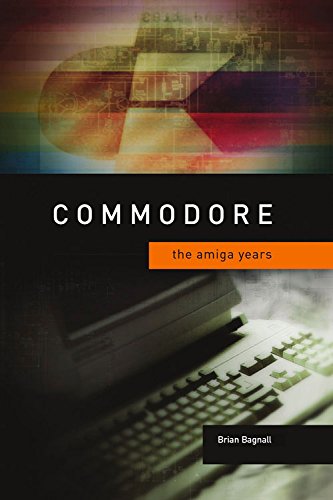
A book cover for Commodore: The Amiga Years; Brian Bagnall; Computers & Technology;